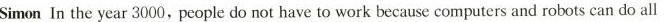
Simon In the year 3000, people do not have to work because computers and robots can do all